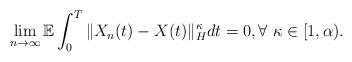
LaTeX: \begin{align*}\lim_{n\rightarrow\infty}\mathbb{E}\int_0^T \Vert X_n(t)-X(t)\Vert_H^{\kappa} dt = 0, \forall\ \kappa\in[1,\alpha) .\end{align*}